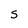
Character: 5